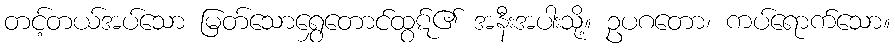
တင့်တယ်အပ်သော မြတ်သောရွှေတောင်ထွဋ်၏ အနီးအပါးသို့။ ဥပဂတော၊ ကပ်ရောက်သော။